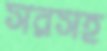
সরসহ